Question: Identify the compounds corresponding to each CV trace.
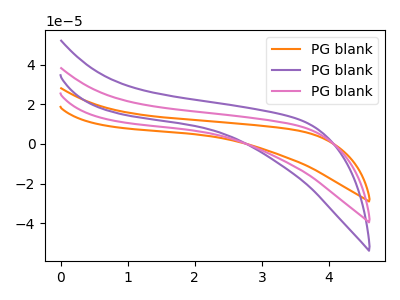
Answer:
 <answer>The orange curve is labeled "PG blank1". The purple curve is labeled "PG blank2". The pink curve is labeled "PG blank3".</answer>
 <eval></eval>